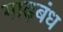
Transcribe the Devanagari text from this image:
गाढ़बंध